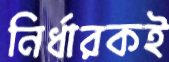
নির্ধারকই